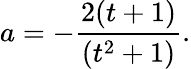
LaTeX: a=-{\frac{2(t+1)}{(t^{2}+1)}}.